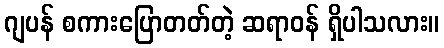
ဂျပန် စကားပြောတတ်တဲ့ ဆရာဝန် ရှိပါသလား။